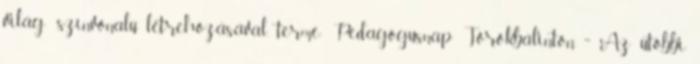
világ- színvonalú létrehozásával, termé- Pedagógusnap Törökbálinton ·· Az utóbbi